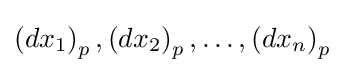
\left(dx_{1}\right)_{p},\left(dx_{2}\right)_{p},\ldots ,\left(dx_{n}\right)_{p}